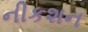
નીકશન